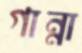
গান্না